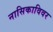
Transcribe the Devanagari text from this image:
नासिकाविवर